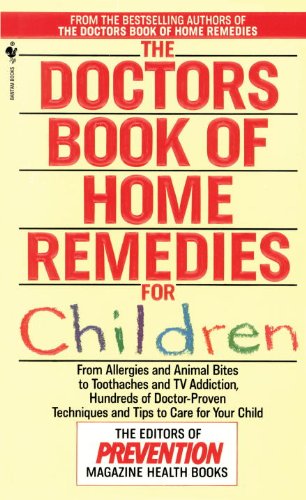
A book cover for The Doctors Book of Home Remedies for Children: From Allergies and Animal Bites to Toothaches and TV Addiction, Hundreds of Doctor-Proven Techniques and Tips to Care for Your Child; Prevention Magazine Editors; Health, Fitness & Dieting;